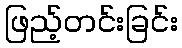
ဖြည့်တင်းခြင်း